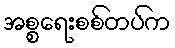
အစ္စရေးစစ်တပ်က